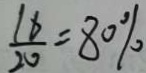
\frac { 1 8 } { 2 0 } = 8 0 \%